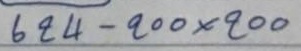
624 - 200 x 200